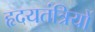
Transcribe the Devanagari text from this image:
हृदयतंत्रियों